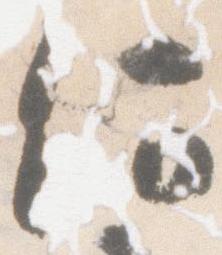
何